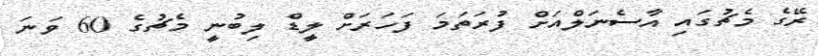
ރޭގެ މެޗުގައި އާސެނަލްއަށް ފުރަތަމަ ފަހަރަށް ލީޑް ލިބުނީ މެޗުގެ 60 ވަނަ